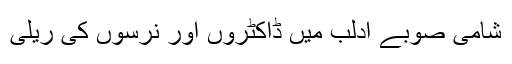
شامی صوبے ادلب میں ڈاکٹروں اور نرسوں کی ریلی